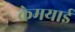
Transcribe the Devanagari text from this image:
केमयाई